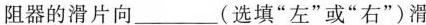
阻器的滑片向___(选填”左”或”右”)滑